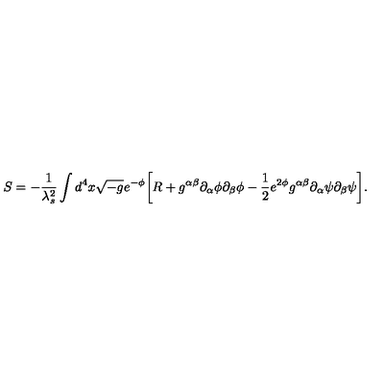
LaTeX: S = - \frac { 1 } { \lambda _ { s } ^ { 2 } } \int d ^ { 4 } x \sqrt { - g } e ^ { - \phi } \biggl [ R + g ^ { \alpha \beta } \partial _ { \alpha } \phi \partial _ { \beta } \phi - \frac { 1 } { 2 } e ^ { 2 \phi } g ^ { \alpha \beta } \partial _ { \alpha } \psi \partial _ { \beta } \psi \biggr ] .